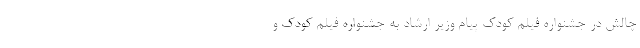
چالش در جشنواره فیلم کودک پیام وزیر ارشاد به جشنواره فیلم کودک و